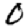
Digit: 0